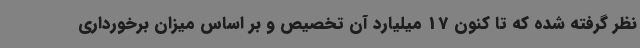
نظر گرفته شده که تا کنون 17 میلیارد آن تخصیص و بر اساس میزان برخورداری